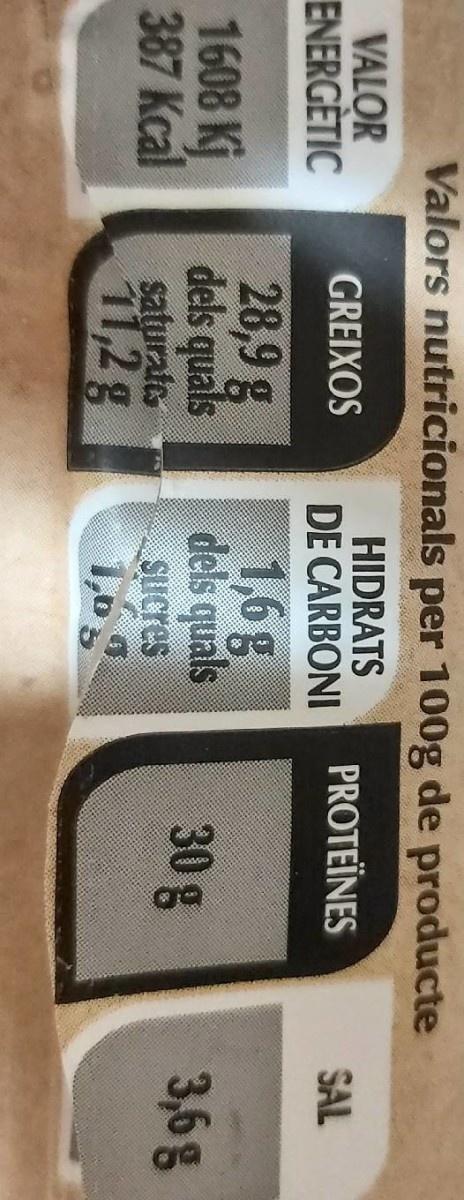
Valors nutricionals per 100g de producte
VALOR ENERGÈTIC
HIDRATS DE CARBONI
GREIXOS
PROTEÏNES
SAL
1608 Kj 387 Kcal
28,9 g dels quals saturate 1,2g
1,6g dels quals SUCres
30 g
3,6g
1,6